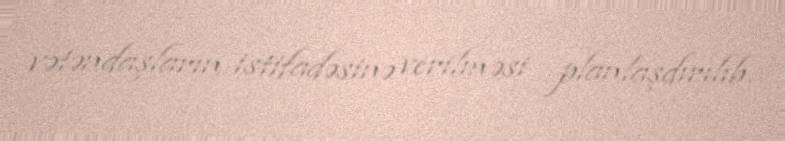
vətəndaşların istifadəsinə verilməsi planlaşdırılıb.